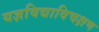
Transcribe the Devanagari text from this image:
यज्ञविद्याविचक्षण